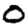
Digit: 0